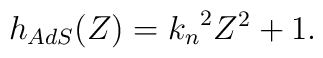
h_{AdS}(Z) = {k_n}^2 Z^2 + 1.